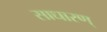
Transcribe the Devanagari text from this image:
साधारण्